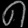
Digit: ၈